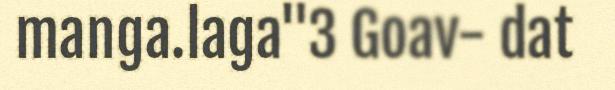
manga.laga"3 Goav- dat